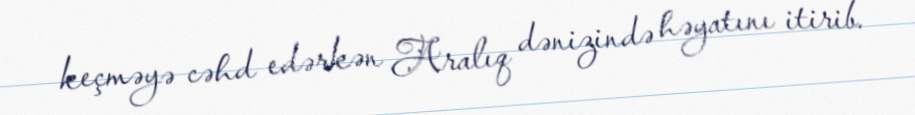
keçməyə cəhd edərkən Aralıq dənizində həyatını itirib.